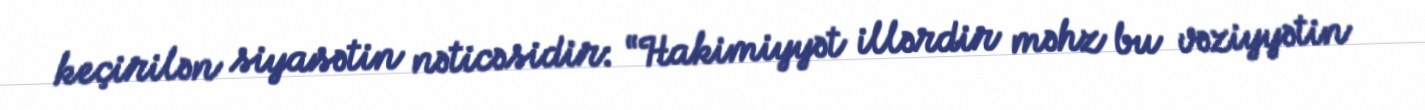
keçirilən siyasətin nəticəsidir: “Hakimiyyət illərdir məhz bu vəziyyətin